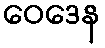
ဝေဒေန